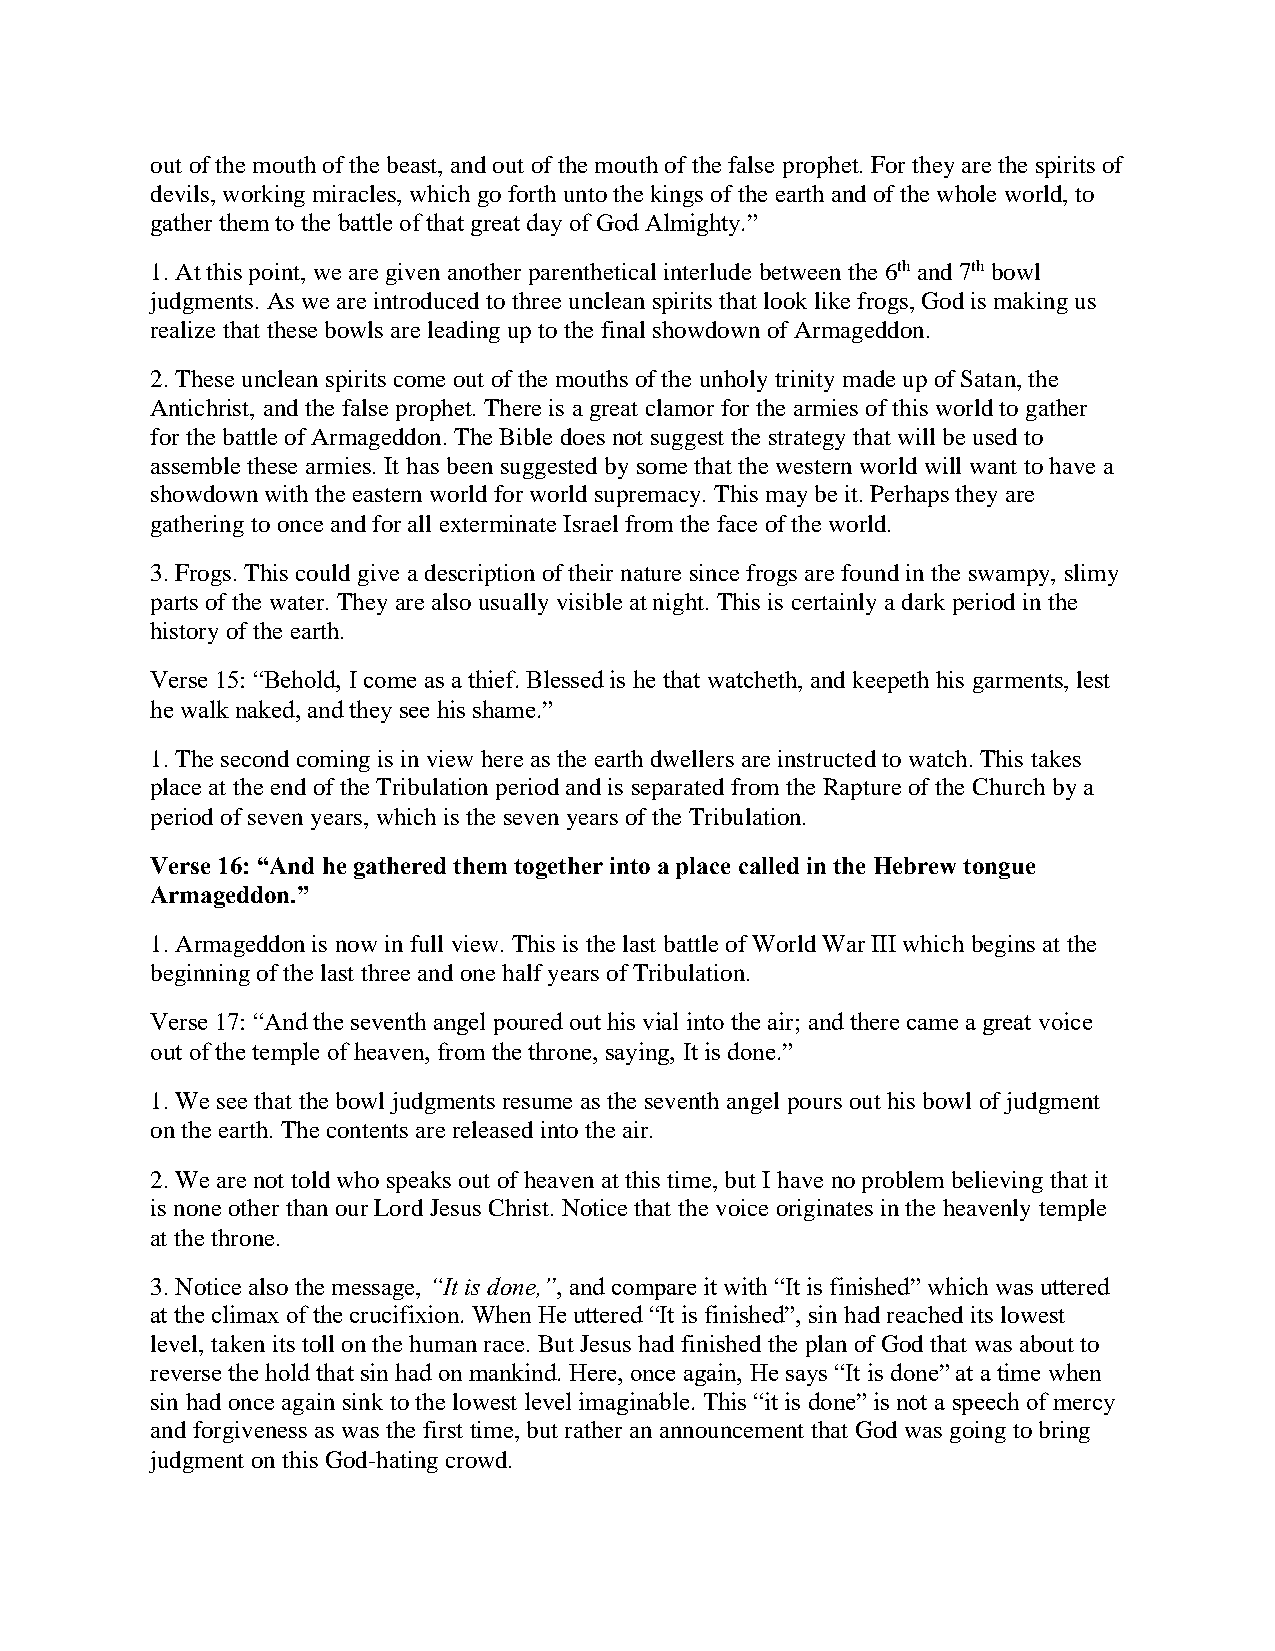
out of the mouth of the beast, and out of the mouth of the false prophet. For they are the spirits of
 devils, working miracles, which go forth unto the kings of the earth and of the whole world, to
 gather them to the battle of that great day of God Almighty.”
 1. At this point, we are given another parenthetical interlude between the 6th and 7th bowl
 judgments. As we are introduced to three unclean spirits that look like frogs, God is making us
 realize that these bowls are leading up to the final showdown of Armageddon.
 2. These unclean spirits come out of the mouths of the unholy trinity made up of Satan, the
 Antichrist, and the false prophet. There is a great clamor for the armies of this world to gather
 for the battle of Armageddon. The Bible does not suggest the strategy that will be used to
 assemble these armies. It has been suggested by some that the western world will want to have a
 showdown with the eastern world for world supremacy. This may be it. Perhaps they are
 gathering to once and for all exterminate Israel from the face of the world.
 3. Frogs. This could give a description of their nature since frogs are found in the swampy, slimy
 parts of the water. They are also usually visible at night. This is certainly a dark period in the
 history of the earth.
 Verse 15: “Behold, I come as a thief. Blessed is he that watcheth, and keepeth his garments, lest
 he walk naked, and they see his shame.”
 1. The second coming is in view here as the earth dwellers are instructed to watch. This takes
 place at the end of the Tribulation period and is separated from the Rapture of the Church by a
 period of seven years, which is the seven years of the Tribulation.
 Verse 16: “And he gathered them together into a place called in the Hebrew tongue
 Armageddon.”
 1. Armageddon is now in full view. This is the last battle of World War III which begins at the
 beginning of the last three and one half years of Tribulation.
 Verse 17: “And the seventh angel poured out his vial into the air; and there came a great voice
 out of the temple of heaven, from the throne, saying, It is done.”
 1. We see that the bowl judgments resume as the seventh angel pours out his bowl of judgment
 on the earth. The contents are released into the air.
 2. We are not told who speaks out of heaven at this time, but I have no problem believing that it
 is none other than our Lord Jesus Christ. Notice that the voice originates in the heavenly temple
 at the throne.
 3. Notice also the message, “It is done,”, and compare it with “It is finished” which was uttered
 at the climax of the crucifixion. When He uttered “It is finished”, sin had reached its lowest
 level, taken its toll on the human race. But Jesus had finished the plan of God that was about to
 reverse the hold that sin had on mankind. Here, once again, He says “It is done” at a time when
 sin had once again sink to the lowest level imaginable. This “it is done” is not a speech of mercy
 and forgiveness as was the first time, but rather an announcement that God was going to bring
 judgment on this God-hating crowd.